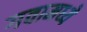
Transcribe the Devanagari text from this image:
गवामध्ये